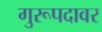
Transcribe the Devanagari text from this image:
गुरूपदावर